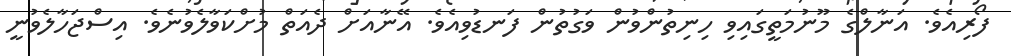
ފޯރިއެވެ. އަނާލްގެ މޫނުމަތީގައިވި ހިނިތުންވުން ވަގުތުން ފަނޑުވިއެވެ. އޭނާއަށް ދެއަތް މުށްކަވާލެވުނެވެ. އިސްޖަހާލެވުނީ